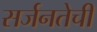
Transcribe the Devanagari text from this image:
सर्जनतेची